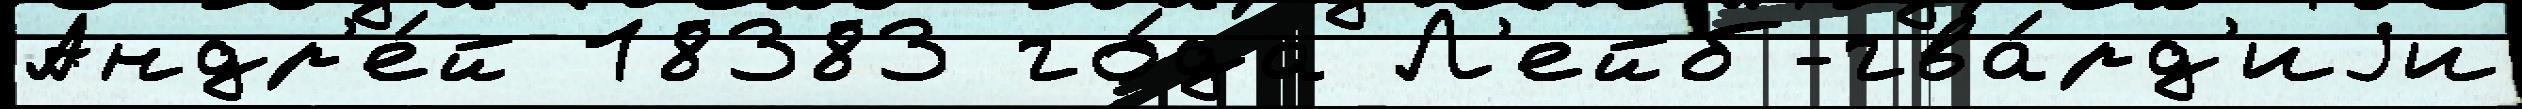
Андр'е́й 18383 го́да Л'ейб-гва́рд'иjи